65_HS1-834228961_62-HQ-83894_Section_10
Agency: FBI
Page 48
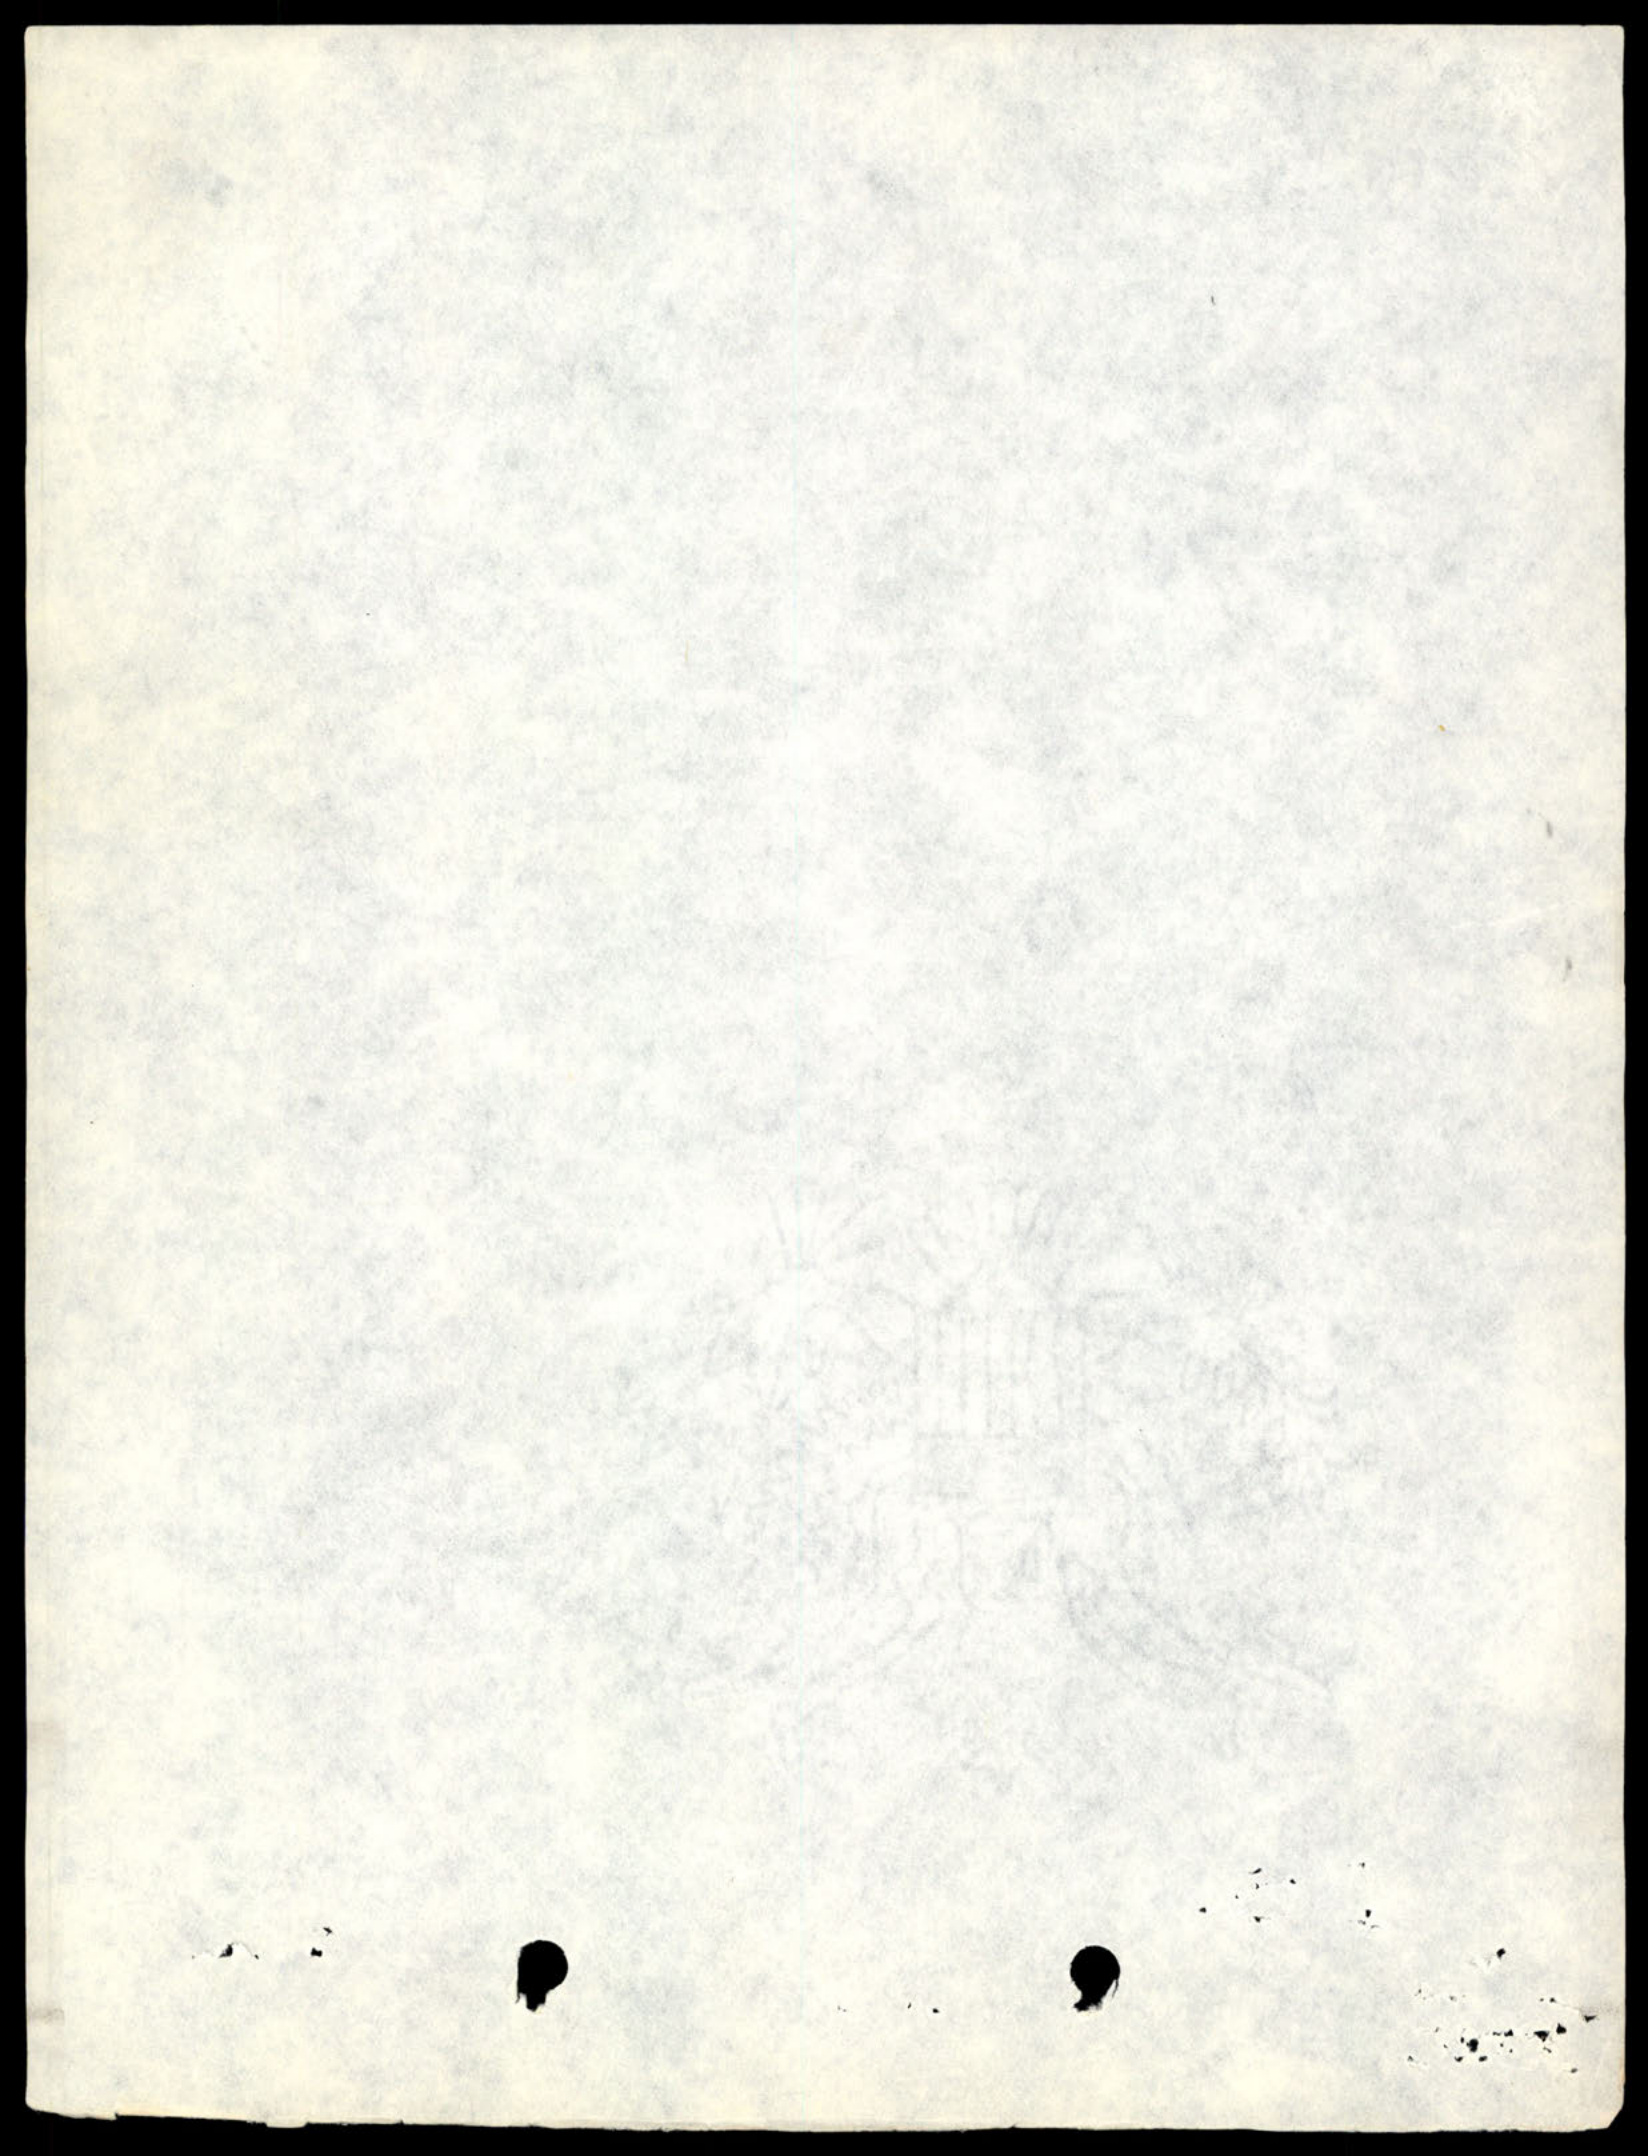